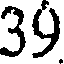
39